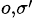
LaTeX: _{o,\sigma^{\prime}}